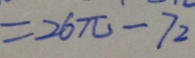
= 2 6 \pi - 7 2